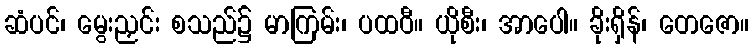
ဆံပင်၊ မွေးညှင်း စသည်၌ မာကြမ်း၊ ပထဝီ။ ယိုစီး၊ အာပေါ။ ခိုးရှိန်၊ တေဇော။